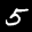
Label: 5